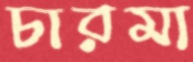
চারমা